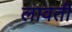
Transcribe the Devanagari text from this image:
लावती